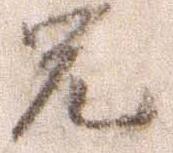
兄